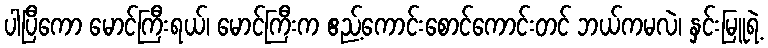
ပါပြီကော မောင်ကြီးရယ်၊ မောင်ကြီးက ဧည့်ကောင်းစောင်ကောင်းတင် ဘယ်ကမလဲ၊ နှင်းမြူရဲ့